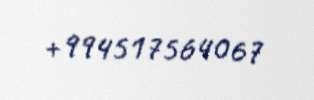
+994517564067